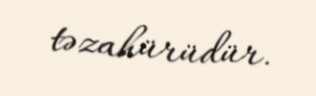
təzahürüdür.